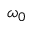
\omega _ { 0 }